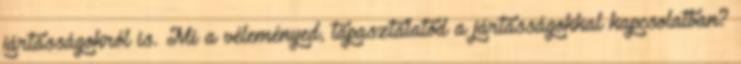
jártasságokról is. Mi a véleményed, tapasztalatod a jártasságokkal kapcsolatban?